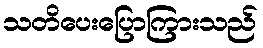
သတိပေးပြောကြားသည်